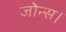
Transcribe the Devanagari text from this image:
जोन्स।